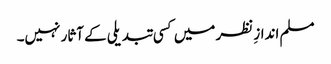
مسلم اندازِ نظر میں کسی تبدیلی کے آثار نہیں۔